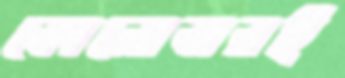
কোনোবারই